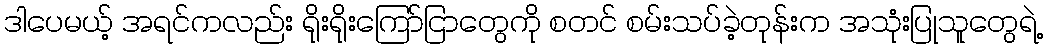
ဒါပေမယ့် အရင်ကလည်း ရိုးရိုးကြော်ငြာတွေကို စတင် စမ်းသပ်ခဲ့တုန်းက အသုံးပြုသူတွေရဲ့